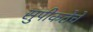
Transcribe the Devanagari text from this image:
सुपीकतेचे